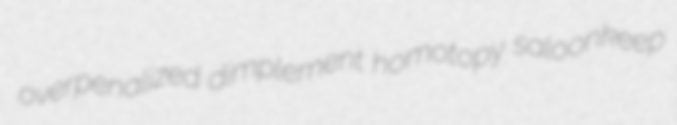
overpenalized dimplement homotopy saloonkeep